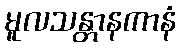
မူလသန္တာနကာနံ